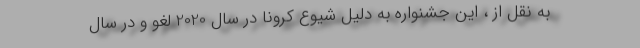
به نقل از ، این جشنواره به دلیل شیوع کرونا در سال 2020 لغو و در سال